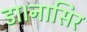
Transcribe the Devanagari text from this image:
डा।नासिर